Civil Veterinary Department Bengal reports 1933-51 - 1933-1951
Year: 1933
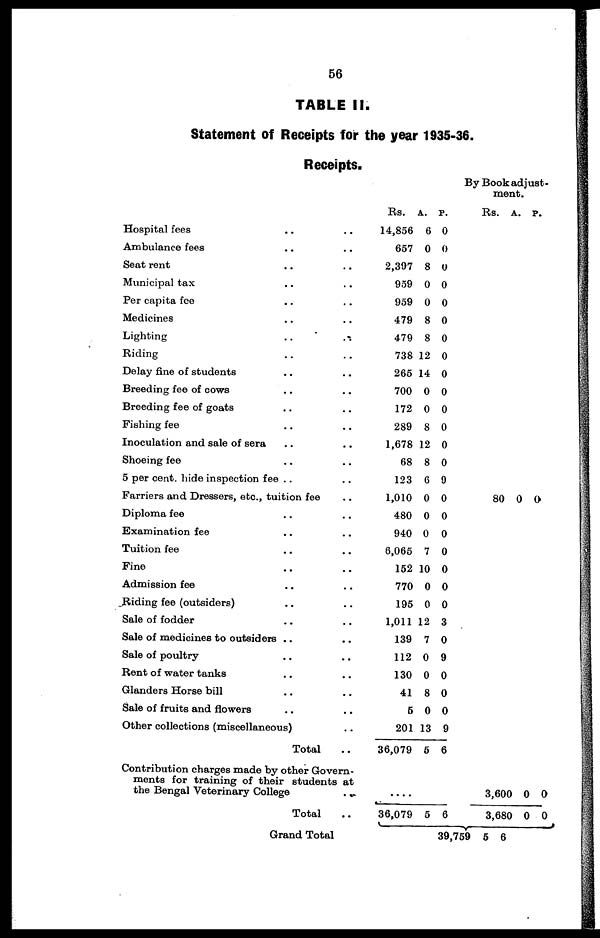
56
TABLE II.
Statement of Receipts for the year 1935-36.
Receipts.
Hospital fees .. ..
Ambulance fees .. ..
Seat rent .. ..
Municipal tax .. ..
Per capita fee .. ..
Medicines .. ..
Lighting .. ..
Riding .. ..
Delay fine of students .. ..
Breeding fee of cows .. ..
Breeding fee of goats .. ..
Fishing fee .. ..
Inoculation and sale of sera .. ..
Shoeing fee .. ..
5 per cent. hide inspection fee .. ..
Farriers and Dressers, etc., tuition fee ..
Diploma fee .. ..
Examination fee .. ..
Tuition fee .. ..
Fine .. ..
Admission fee .. ..
Riding fee (outsiders) .. ..
Sale of fodder .. ..
Sale of medicines to outsiders .. ..
Sale of poultry .. ..
Rent of water tanks .. ..
Glanders Horse bill .. ..
Sale of fruits and flowers .. ..
Other collections (miscellaneous) ..
Total ..
Contribution charges made by other Govern-
ments for training of their students at
the Bengal Veterinary College
..
Total ..
Grand Total
By Book adjust-
ment.
Rs.
14,856
657
2,397
959
959
479
479
738
265
700
172
289
1,678
68
123
1,010
480
940
8,065
152
770
195
1,011
139
112
130
41
5
201
36,079
A.
6
0
8
0
0
8
8
12
14
0
0
8
12
8
6
0
0
0
7
10
0
0
12
7
0
0
8
0
13
5
....
36,079 5
P.
0
0
0
0
0
0
0
0
0
0
0
0
0
0
9
0
0
0
0
0
0
0
3
0
9
0
0
0
9
6
6
39,759
Rs.
80
3,600
3,680
5
A.
0
0
0
P.
0
0
0
6